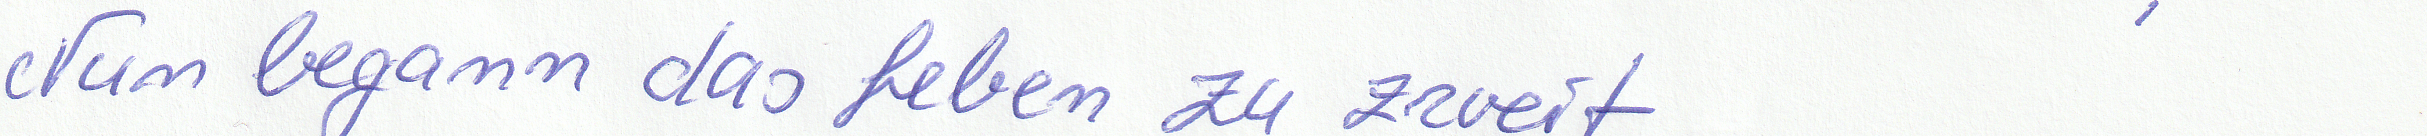
Nun begann das Leben zu zweit